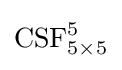
{\text{CSF}}_{5\times 5}^{5}